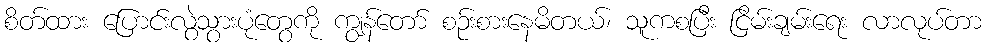
စိတ်ထား ပြောင်းလွဲသွားပုံတွေကို ကျွန်တော် စဉ်းစားနေမိတယ်၊ သူကစပြီး ငြိမ်းချမ်းရေး လာလုပ်တာ